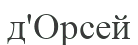
д'Орсей